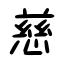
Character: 慈